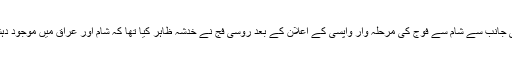
روسی صدر ولادی میر پوٹن کی جانب سے شام سے فوج کی مرحلہ وار واپسی کے اعلان کے بعد روسی فج نے خدشہ ظاہر کیا تھا کہ شام اور عراق میں موجود دہشت گرد بھی واپس آ سکتے ہیں۔